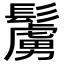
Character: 𩯜